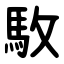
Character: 駇